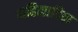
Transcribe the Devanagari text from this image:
महिलादिवा